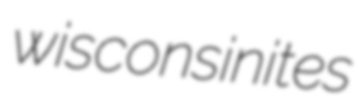
wisconsinites